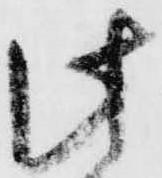
此